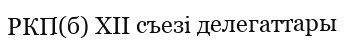
РКП(б) XII съезі делегаттары